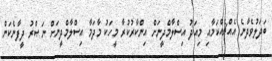
ބަދަލުވެދާނެ އެއްޗެއްކަމާއި މިއަދު އިސްލާމްދީނަށް އިންކާރުކުރާ މީހަކު މާދަމާ އިސްލާމްދީނަށް ނަޞްރު ދީފާނެކަން